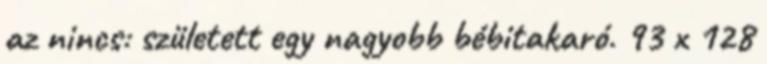
az nincs: született egy nagyobb bébitakaró. 93 x 128